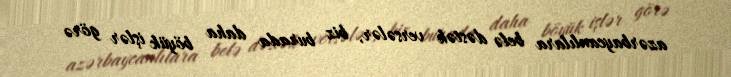
azərbaycanlılara belə dəstək versələr, biz burada daha böyük işlər görə